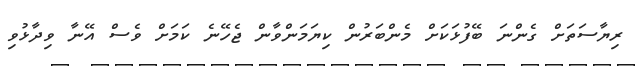
ރިޔާސަތަށް ގެންނަ ބޭފުޅަކަށް މެންބަރުން ކިޔަމަންވާން ޖެހޭނެ ކަމަށް ވެސް އޭނާ ވިދާޅުވި